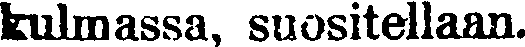
kulmassa, suositellaan.